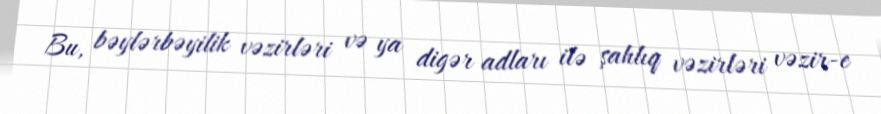
Bu, bəylərbəyilik vəzirləri və ya digər adları ilə şahlıq vəzirləri vəzir-e